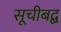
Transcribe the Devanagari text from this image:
सूचीबद्ब